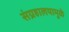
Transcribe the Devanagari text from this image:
संग्रहालयामुळे